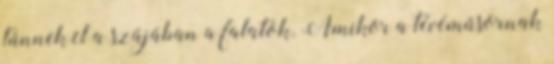
tűnnek el a szájában a falatok. Amikor a tévéműsornak